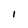
Character: I